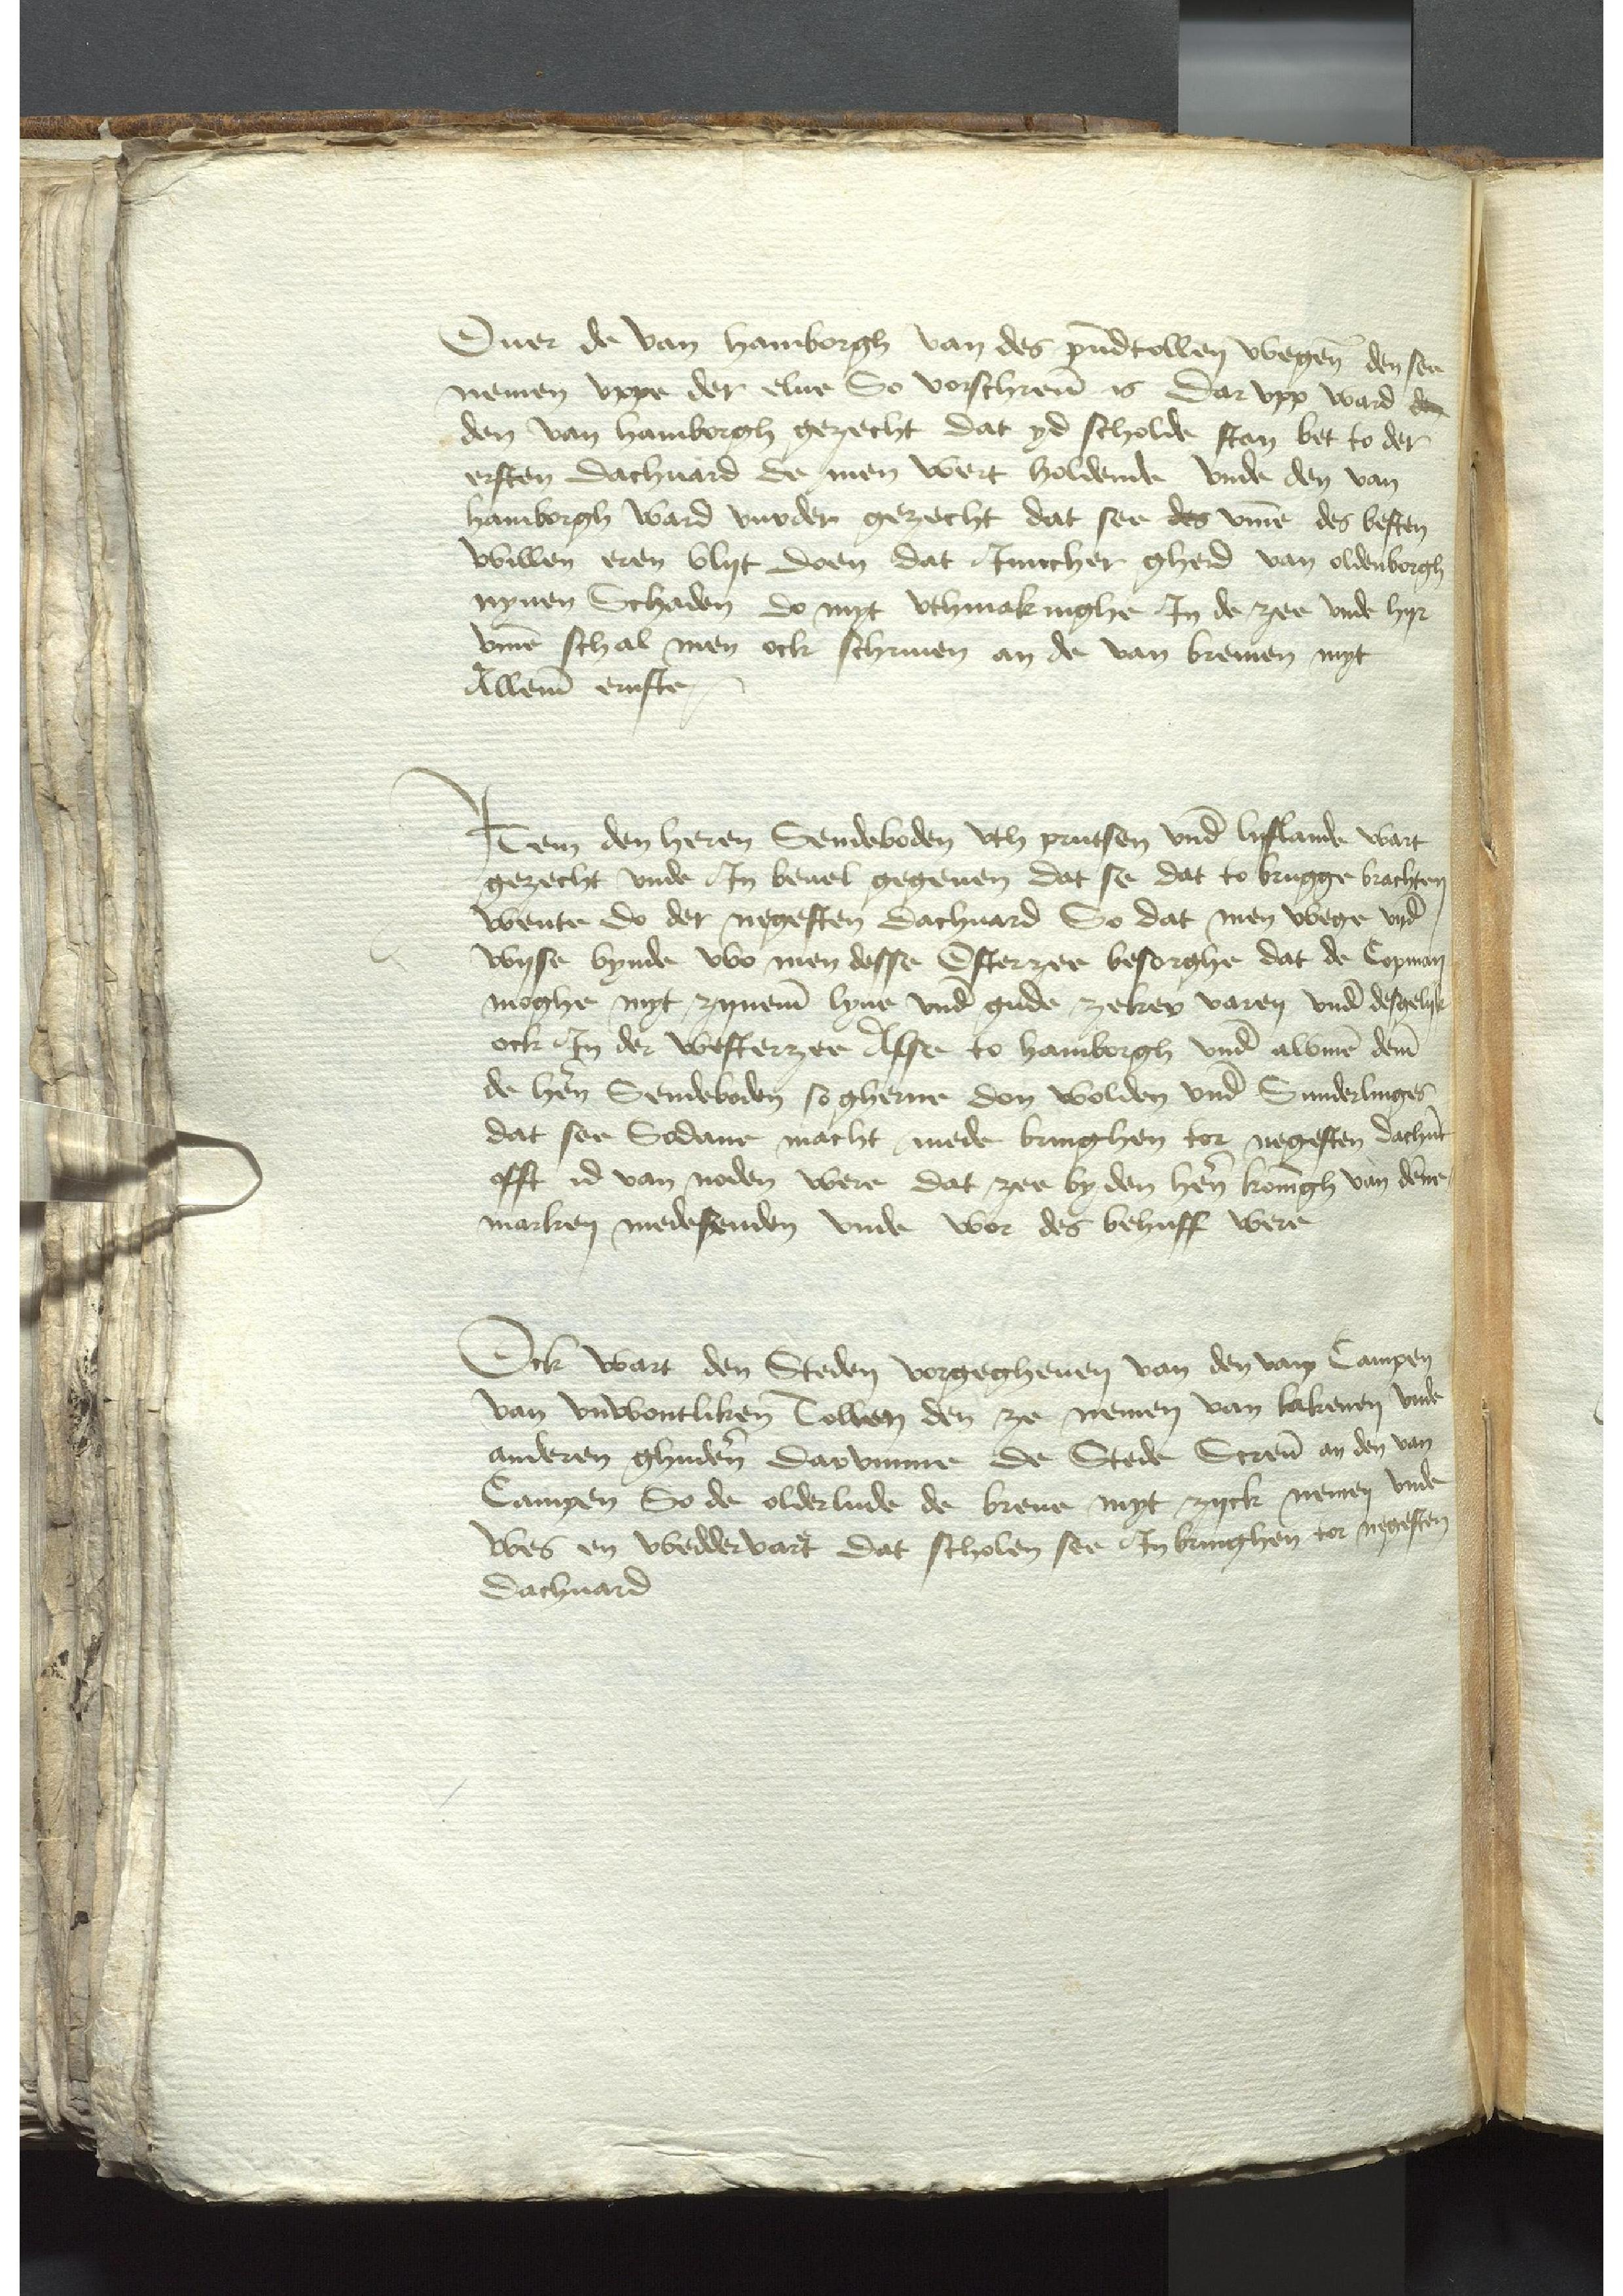
Ouer de van Hamborgh van des pundtollen wegene den see
nemen vppe der elue So vorschreuen is dar vpp ward de
den van Hamborgh gezecht dat yd scholde stan bet to der
ersten dachuard de men wort holdende vnde den van
Hamborgh ward vurder gezocht dat see des vmme des besten
willen een vlyt doen dat Juncher Gherd van Oldenborgh
nynen Schaden do myt vthmakenighe Jn de zee vnde hyr
vmme schal men ock schriuen an de van Bremen myt
Alleme ernste

Jtem den heren Sendeboden vth Prutsen vnde Lyflande wart
gezecht vnde  Jn beuel gegeuen dat se dat to Brugge brachten
wente do der negesten dachuard So dat men wege vnde
wyse bynde wo men desse Osterzee besorghe dat de Copman
moghe myt zyneme lyue vnde gude zeker varen vnde desgelyke
ock Jn der Westerzee Alse to Hamborgh vnde alsmen deme
de heren Sendeboden so gherne don wolden vnde Sunderlinges
dat see Sodane macht mede bringhen tor negesten dachuart
offt id van noden were dat zee by dem heren Koningh van Denne¬
marken medesenden vnde vor des behuff were

Ock wart den Steden vorgegheuen van ver vam Campen
van vnwontliken Tollen den ze nemen van lakenen vnde
anderen ghuderen, Darvmmme der Stede Screuen an den van
Campen So de olderlude de breue myt zyck nemen vnde
wes en weldervaret dat scholen see Jn bringhen tor negesten
dachuard